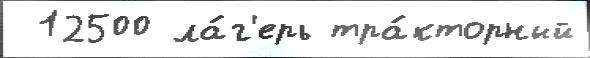
 12500 ла́г'ерь тра́кторный